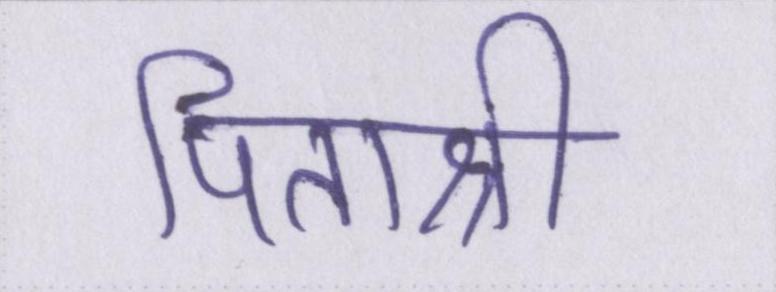
पिताश्री